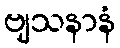
ဗျသနာနံ